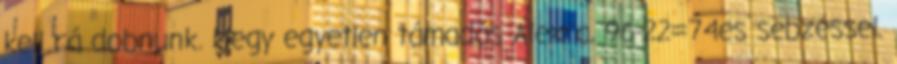
kell rá dobnunk. Megy egyetlen támadás Alexra, 96-22=74es sebzéssel.